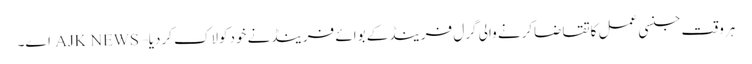
ہروقت جنسی عمل کاتقاضاکرنے والی گرل فرینڈکے بوائے فرینڈنے خودکولاک کردیا – AJK NEWS اے۔